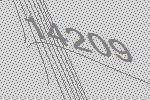
14209